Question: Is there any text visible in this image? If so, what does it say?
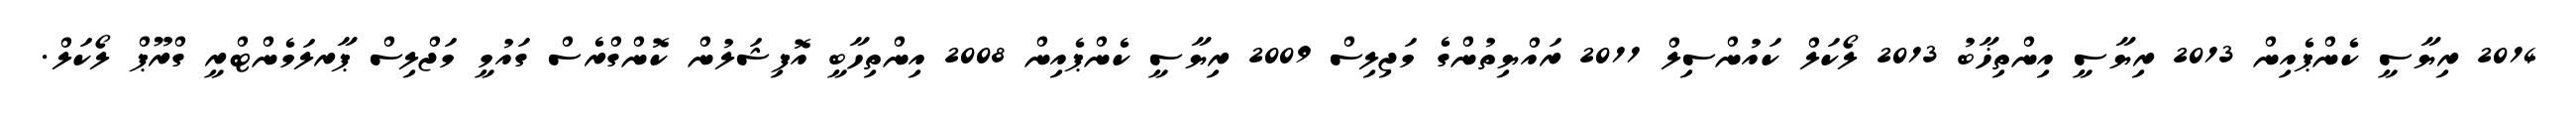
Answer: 2014 ރިޔާސީ ކެންޕެއިން 2013 ރިޔާސީ އިންތިޚާބު 2013 ލޯކަލް ކައުންސިލް 2011 ރައްޔިތުންގެ މަޖިލިސް 2009 ރިޔާސީ ކެންޕެއިން 2008 އިންތިހާބީ އޮފިޝަލުން ކޮންގްރެސް ގައުމީ މަޖްލިސް ޕާރލަމެންޓްރީ ގްރޫޕް ލޯކަލް.